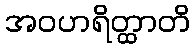
အဝဟရိတ္ထာတိ